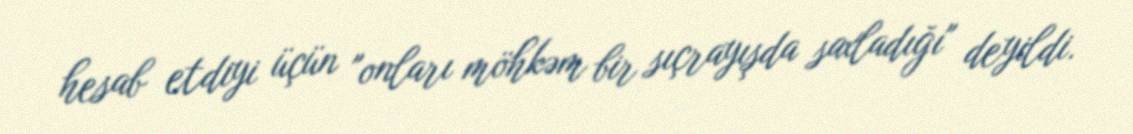
hesab etdiyi üçün "onları möhkəm bir sıçrayışda saxladığı" deyildi.